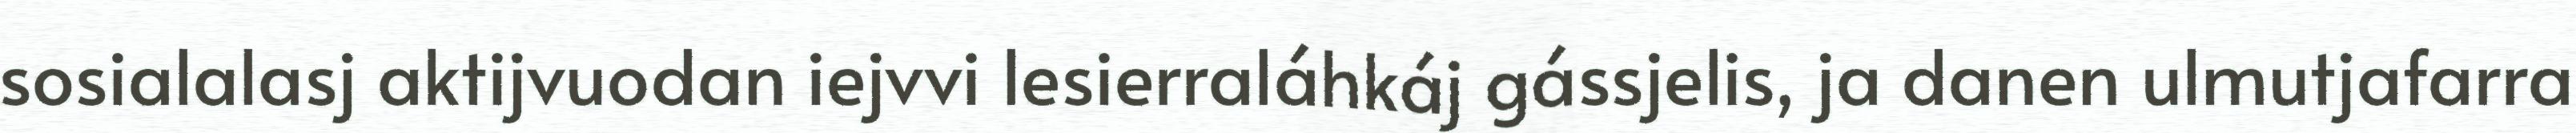
sosialalasj aktijvuodan iejvvi lesierraláhkáj gássjelis, ja danen ulmutjafarra